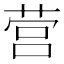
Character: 营